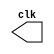
// ------------------------- 
// Exemplo0042 - Pulse and Trigger
// Nome: Bruno Cezar Andrade Viallet 
// ------------------------- 

// --------------------------- 
// -- test clock generator (2) 
// --------------------------- 
module clock ( clk ); 
	output clk; 
	reg clk; 
	initial begin 
	clk = 1'b0; 
	end
	 
	always begin 
	#12 clk = ~clk; 
	end 
endmodule 

module pulse ( signal, clock ); 
	input clock; 
	output signal; 
	reg signal; 
	
	always @ ( clock ) begin 
	signal = 1'b1; 
	#3 signal = 1'b0; 
	#3 signal = 1'b1; 
	#3 signal = 1'b0; 
	end 
endmodule // pulse 

module trigger ( signal, on, clock ); 
	input on, clock; 
	output signal; 
	reg signal; 
	
	always @ ( posedge clock & on ) begin 
	#60 signal = 1'b1; 
	#60 signal = 1'b0; 
	end 
endmodule // trigger 

module Exemplo0042; 
	wire clock; 
	clock clk ( clock ); 
	reg p; 
	wire p1,t1; 
	pulse pulse1 ( p1, clock ); 
	trigger trigger1 ( t1, p, clock ); 
	
	initial begin 
	p = 1'b0; 
	end 
	
	initial begin 
	$display("Exemplo0042 - Bruno Cezar Andrade Viallet - 396679");
	$dumpfile ( "Exemplo0042.vcd" ); 
	$dumpvars ( 1, clock, p1, p, t1 ); 
	#060 p = 1'b1; 
	#120 p = 1'b0; 
	#180 p = 1'b1; 
	#240 p = 1'b0; 
	#300 p = 1'b1; 
	#360 p = 1'b0; 
	#376 $finish; 
	end
	 
endmodule // Exemplo0042